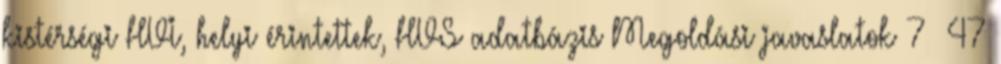
kistérségi HVI, helyi érintettek, HVS adatbázis Megoldási javaslatok 7 47